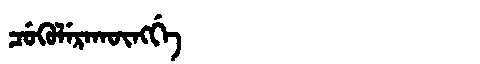
Manchu: ᠴᡠᡴᡠᠯᡝᡵᠠᡴᡡᠩᡤᡝ
Romanization: CUKULERAKŪNGGE